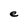
Character: e